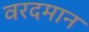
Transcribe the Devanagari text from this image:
वरदमान